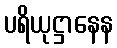
ပရိယုဋ္ဌာနေန